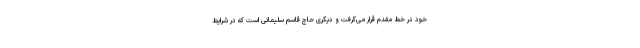
خود در خط مقدم قرار می‌گرفت و دیگری حاج قاسم سلیمانی است که در شرایط